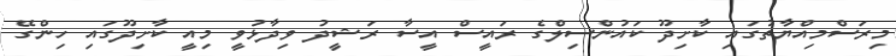
މިރަސްމިއްޔާތުގައި ކާށިދޫ ކައުންސިލްގެ ރައީސް އީސާ ރަޝީދު ވިދާޅުވީ މިއީ ކާށިދޫގައި ހިންގޭ